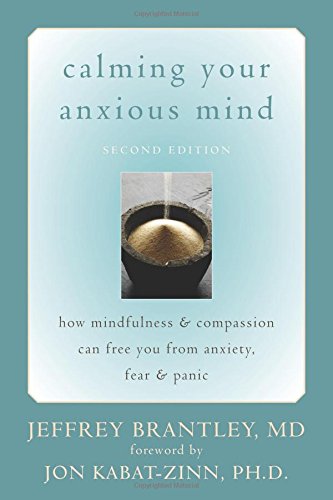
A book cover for Calming Your Anxious Mind: How Mindfulness and Compassion Can Free You from Anxiety, Fear, and Panic; Jeffrey Brantley MD; Health, Fitness & Dieting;